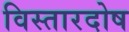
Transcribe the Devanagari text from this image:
विस्तारदोष